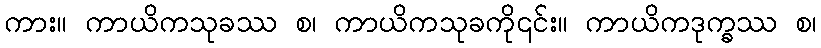
ကား။ ကာယိကသုခဿ စ၊ ကာယိကသုခကို၎င်း။ ကာယိကဒုက္ခဿ စ၊